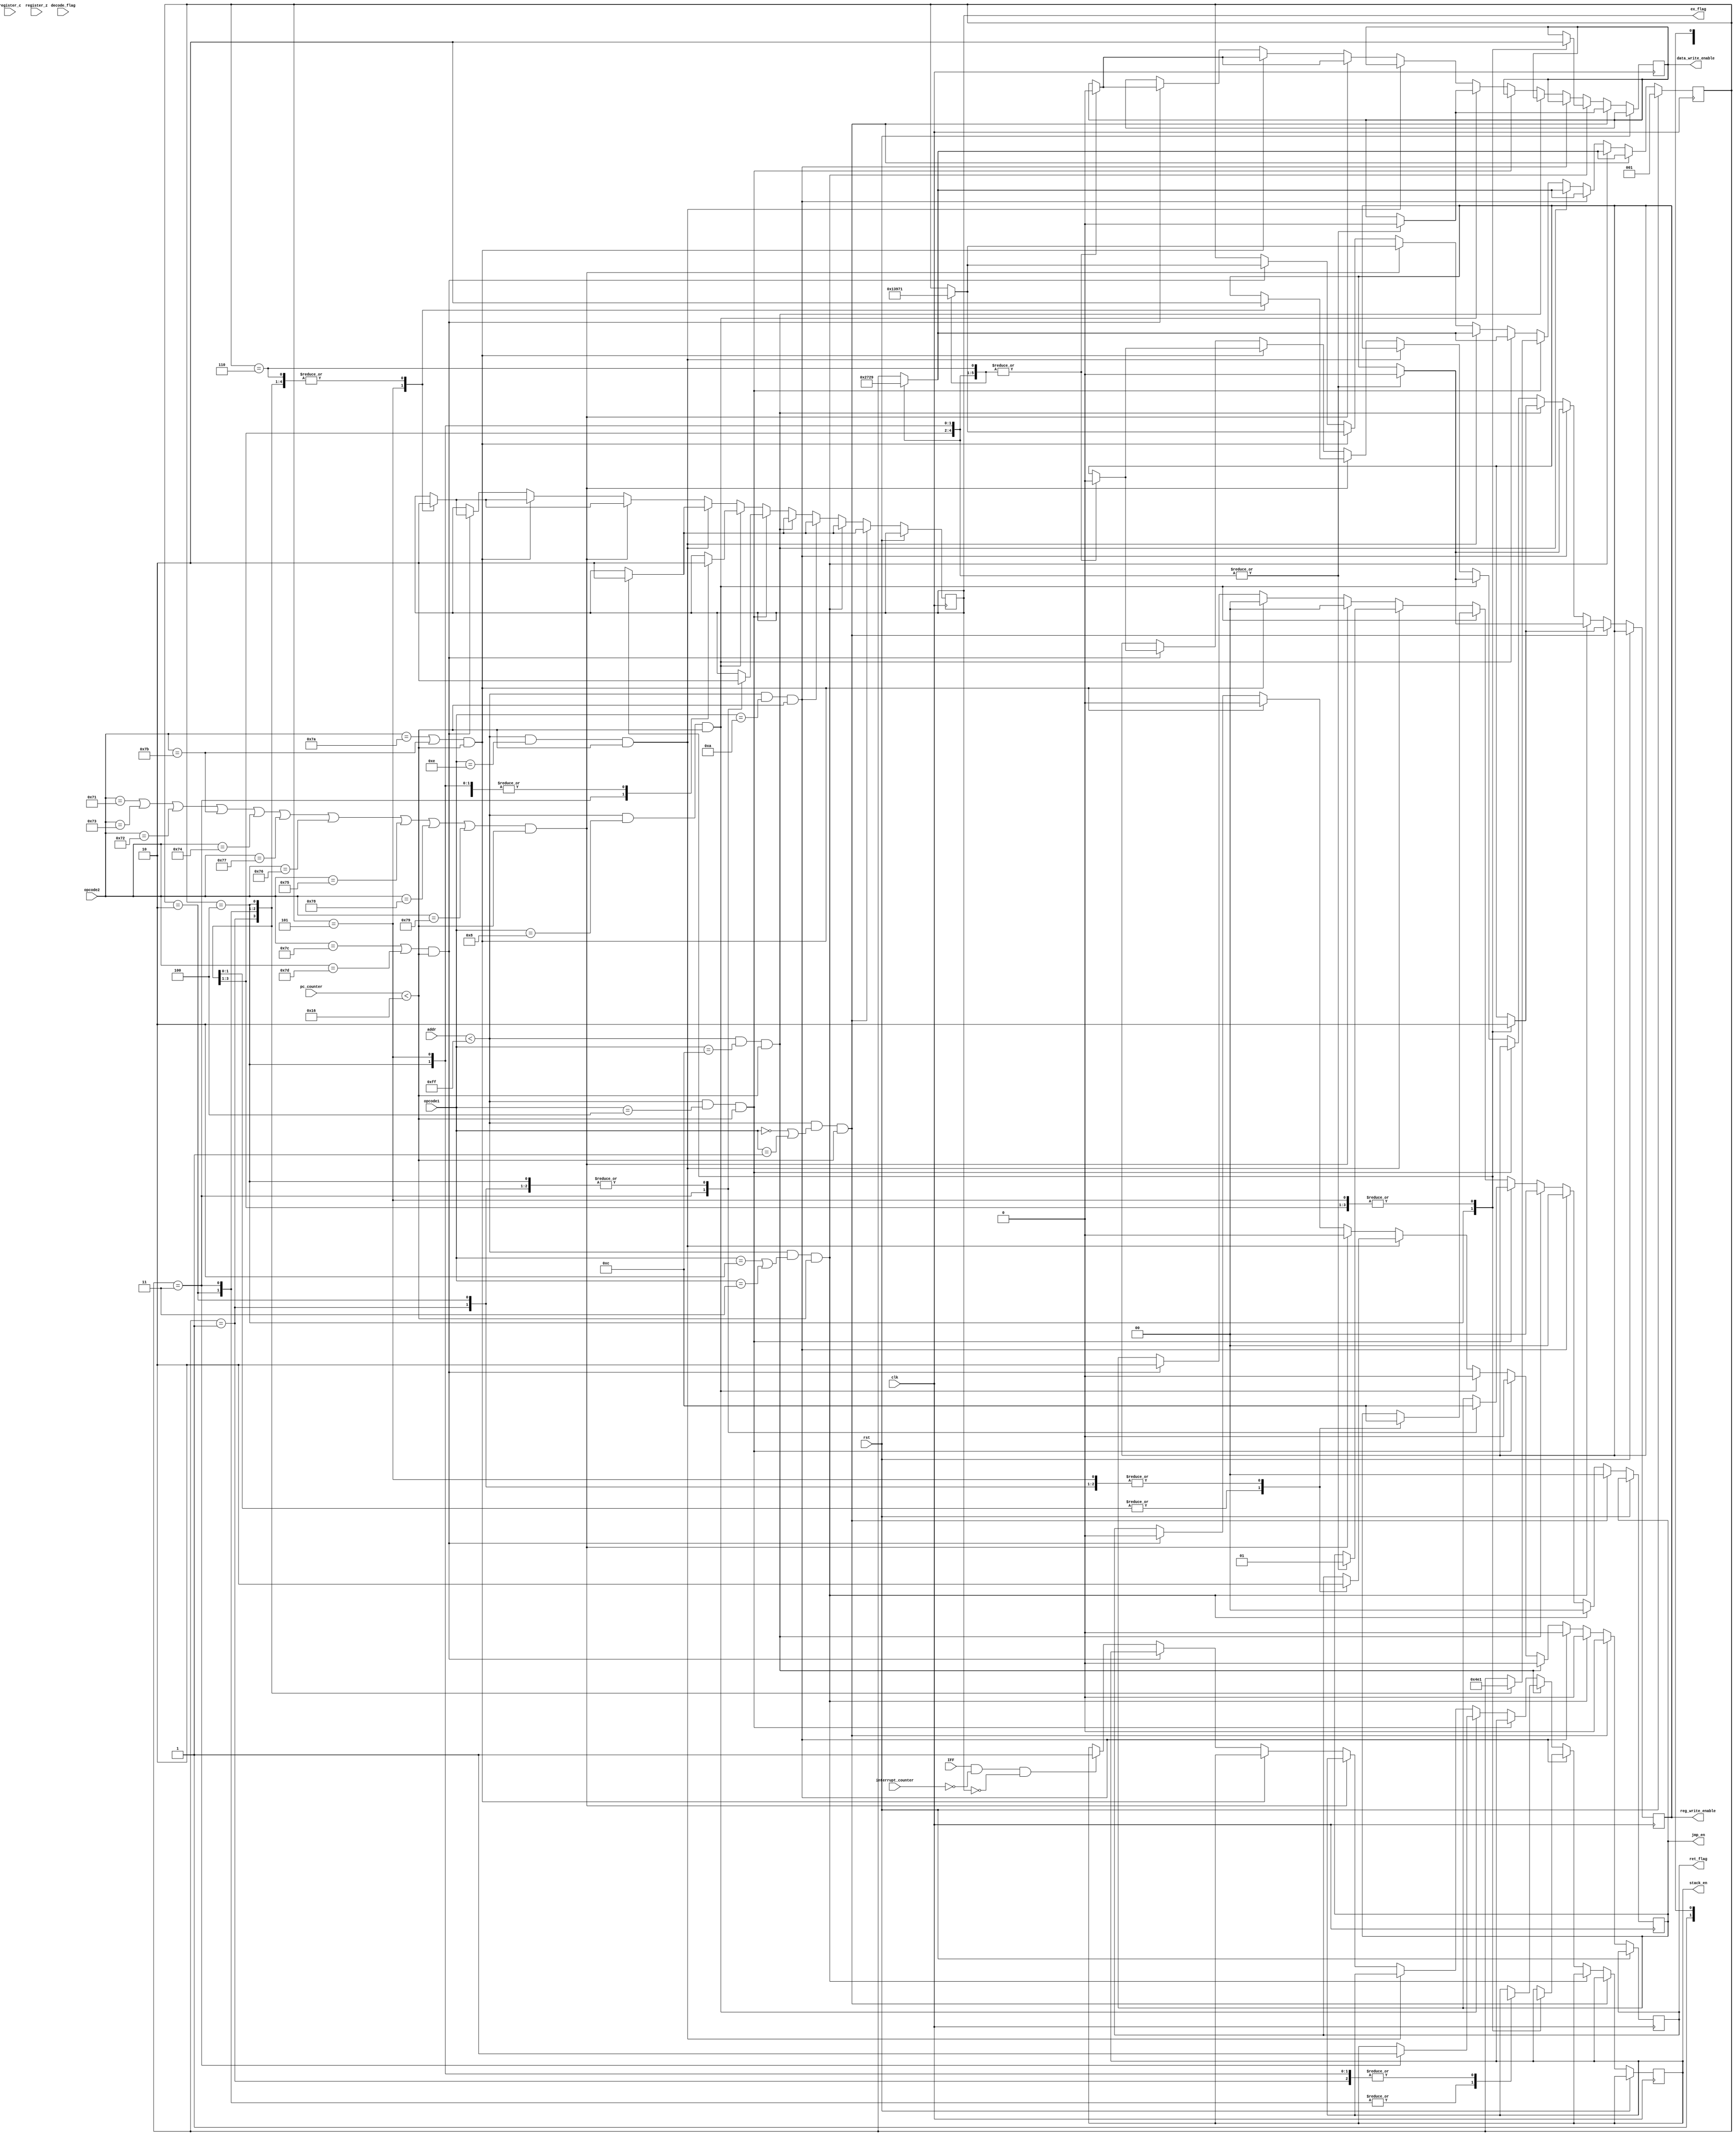
`timescale 1ns / 1ps
//////////////////////////////////////////////////////////////////////////////////
// Company: 
// Engineer: 
// 
// Design Name: 
// Module Name:    A5_CONTROL_UNIT 
// Project Name: 
// Target Devices: 
// Tool versions: 
// Description: 
//
// Dependencies: 
//
// Revision: 
// Revision 0.01 - File Created
// Additional Comments: 
//
//////////////////////////////////////////////////////////////////////////////////
module A5_CONTROL_UNIT(register_c,register_z,pc_counter,rst, clk,decode_flag, reg_write_enable, ex_flag,ret_flag,addr,opcode1,data_write_enable,opcode2,
stack_en,jmp_en,IFF, interrupt_counter
    );
	 
input [15:0]register_c;
input [15:0]register_z;	 
input [4:0]pc_counter;	 
input rst, clk,decode_flag;
input [2:0] interrupt_counter;
output reg reg_write_enable, ex_flag,data_write_enable,ret_flag;
output reg stack_en;
input [11:0] addr;
input [3:0] opcode1;
input [7:0] opcode2;
input IFF;

output reg [1:0]jmp_en;

reg [4:0]pc_temp_count =5'b10110;

reg [2:0] state;

always @(posedge clk)
begin
		if (rst)
		begin
				state <= 3'b001;
		end
	/*	else if (IFF == 1)
		begin
				stack_en = 1;
		end
	*/
		else if(addr < 8'b11111111 && (opcode1==4'b0000 || opcode1==4'b0001) && pc_counter < pc_temp_count) // LDA & LDB
		begin
			//	select=0;
		   //   select2=1;
		     // select_demux = 1;
			  jmp_en <=2'b00;
			  ret_flag<=0;
				case (state)
						/*3'b000 : begin
											ex_flag <= 0;
											reg_write_enable <= 0;
											state <= 3'b001;
											end */
						
						3'b001 : begin
											ex_flag <= 0;
											reg_write_enable <= 0;
											data_write_enable <= 0;
											state <= 3'b010;
											end

						3'b010 : begin
											ex_flag <= 0;
											reg_write_enable <= 0;
											data_write_enable <= 0;
											state <= 3'b011;
											end

						3'b011 : begin
											ex_flag <= 0;
											reg_write_enable <= 0;
											data_write_enable <= 0;
											state <= 3'b100;
											end
						
						3'b100 : begin
											reg_write_enable <= 1;
											data_write_enable <= 0;
											ex_flag <= 1;
											state <= 3'b101;
											end
											
						3'b101 : begin
											reg_write_enable <= 0;
											data_write_enable <= 0;
											ex_flag <= 0;
											state <= 3'b001;
											end
	/*										
					    3'b101 : begin
											 reg_write_enable <= 0;
											 ex_flag <= 0;
											 state <= 3'b000;
											 end
	*/
				endcase
			
		end
		
		else if(addr < 8'b11111111 && (opcode1==4'b0010 || opcode1==4'b0011)  && pc_counter < pc_temp_count) //STA & STB
		begin
			//	select=0;
		   //   select2=1;
		     // select_demux = 1;
			  jmp_en<=2'b00;
			  ret_flag<=0;
				case (state)
						/*3'b000 : begin
											ex_flag <= 0;
											data_write_enable <= 0;
											state <= 3'b001;
											end */
						
						3'b001 : begin
											ex_flag <= 0;
											data_write_enable <= 0;
											reg_write_enable <= 0;
											state <= 3'b010;
											end
											
						3'b010 : begin
                                            ex_flag <= 0;
                                            data_write_enable <= 0;
                                            reg_write_enable <= 0;
                                            state <= 3'b011;
                                            end
						
						3'b011 : begin
											ex_flag <= 0;
											data_write_enable <= 0;
											reg_write_enable <= 0;
											state <= 3'b100;
											end
						
						3'b100 : begin
											data_write_enable <= 1;
											reg_write_enable <= 0;
											ex_flag <= 1;
											state <= 3'b101;
											end
											
						3'b101 : begin
											data_write_enable <= 0;
											reg_write_enable <= 0;
											ex_flag <= 0;
											state <= 3'b001;
											end
	/*										
					    3'b101 : begin
											 data_write_enable <= 0;
											 ex_flag <= 0;
											 state <= 3'b000;
											 end
	*/
				endcase
			
		end
		
		else if(addr < 8'b11111111 && opcode1==4'b1010 && pc_counter < pc_temp_count) //PUSH A
		begin
			jmp_en<=2'b00;
			ret_flag<=0;
				case (state)
						/*3'b000 : begin
											ex_flag <= 0;
											data_write_enable <= 0;
											state <= 3'b001;
											end */
						
						3'b001 : begin
											ex_flag <= 0;
											stack_en <=1'bx;
											reg_write_enable <= 0;
											state <= 3'b010;
											end
											
						3'b010 : begin
                                                                ex_flag <= 0;
                                                                stack_en <=1'bx;
                                                                reg_write_enable <= 0;
                                                                state <= 3'b011;
                                                                end
						
						3'b011 : begin
											ex_flag <= 0;
											stack_en <=1'bx;
											reg_write_enable <= 0;
											state <= 3'b100;
											end
						
						3'b100 : begin
											stack_en <=1'b1;
											
											reg_write_enable <= 0;
											ex_flag <= 1;
											state <= 3'b101;
											end
											
						3'b101 : begin
											stack_en <=1'bx;
											reg_write_enable <= 0;
											ex_flag <= 0;
											state <= 3'b001;
											end
	/*										
					    3'b101 : begin
											 data_write_enable <= 0;
											 ex_flag <= 0;
											 state <= 3'b000;
											 end
	*/
				endcase
			
		end
		
		else if(addr < 8'b11111111 && opcode1==4'b1100  && pc_counter < pc_temp_count) //POP A
		begin
			jmp_en <=2'b00;
			ret_flag<=0;
				case (state)
				/*		3'b000 : begin
											ex_flag <= 0;
											stack_en <=1'bx;
											reg_write_enable <= 0;
											state <= 3'b001;
											end 
					*/	
						3'b001 : begin
											ex_flag <= 0;
											stack_en <=1'bx;
											reg_write_enable <= 0;
											state <= 3'b010;
											end
						
						3'b010 : begin
											ex_flag <= 0;
											stack_en <=1'b0;
											reg_write_enable <= 0;
											state <= 3'b011;
											end
						
						3'b011 : begin
											ex_flag <= 0;
											stack_en <=1'b0;
											reg_write_enable <= 0;
											state <= 3'b100;
											end
											
						3'b100 : begin
											stack_en <=1'bx;
											reg_write_enable <= 1;
											ex_flag <= 1;
											state <= 3'b101;
											end
									
					    3'b101 : begin
											stack_en <=1'bx;
											reg_write_enable <= 0;
											ex_flag <= 0;
											state <= 3'b001;
											 end
	
				endcase
			
		end
		

		
		else if(addr < 8'b11111111 && (opcode1==4'b0100 )  && pc_counter < pc_temp_count) //JUMP
		begin
		ret_flag<=0;
				case (state)
						/*3'b000 : begin
											ex_flag <= 0;
											data_write_enable <= 0;
											state <= 3'b001;
											end */
						
						3'b001 : begin
											ex_flag <= 0;
											jmp_en <=2'b00;
											state <= 3'b010;
											end
						
						3'b010 : begin
											ex_flag <= 0;
											jmp_en <=2'b00;
											state <= 3'b011;
											end
						
						3'b011 : begin
											jmp_en <=2'b11;
											ex_flag <= 1;
											state <= 3'b100;
											end
											
						3'b100 : begin
											ex_flag <= 0;
											jmp_en <=2'b00;
											state <= 3'b001;
											end
	/*										
					    3'b101 : begin
											 data_write_enable <= 0;
											 ex_flag <= 0;
											 state <= 3'b000;
											 end
	*/
				endcase
		end
		
		else if(addr < 8'b11111111 && (opcode1==4'b1000 ) && pc_counter < pc_temp_count) //JSR
		begin
		ret_flag<=0;
				case (state)
						/*3'b000 : begin
											ex_flag <= 0;
											data_write_enable <= 0;
											state <= 3'b001;
											end */
						
						3'b001 : begin
											ex_flag <= 0;
											jmp_en <=2'b00;
											reg_write_enable <= 1'b0;
				                            data_write_enable <= 1'b0;
											state <= 3'b010;
											end
											
						3'b010 : begin
                                            ex_flag <= 0;
                                            jmp_en <=2'b00;
                                            reg_write_enable <= 1'b0;
                                            data_write_enable <= 1'b0;
                                            state <= 3'b011;
                                             end
						
						3'b011 : begin
											ex_flag <= 1;
											jmp_en<=2'b11;
											stack_en <=1'b1;
											reg_write_enable <= 1'b0;
				                            data_write_enable <= 1'b0;
											state <= 3'b100;
											end
						
						3'b100 : begin
											jmp_en <=2'b11;
											ex_flag <= 0;
											reg_write_enable <= 1'b0;
				                            data_write_enable <= 1'b0;
											state <= 3'b101;
											end
											
						3'b101 : begin
											ex_flag <= 0;
											jmp_en <=2'b00;
											reg_write_enable <= 1'b0;
				                            data_write_enable <= 1'b0;
											state <= 3'b001;
											end
	/*										
					    3'b101 : begin
											 data_write_enable <= 0;
											 ex_flag <= 0;
											 state <= 3'b000;
											 end
	*/
				endcase
		end
		
		else if(addr < 8'b11111111 && opcode1==4'b1110  && pc_counter < pc_temp_count) //RET
		begin
				case (state)

						3'b001 : begin
											ex_flag <= 0;
											ret_flag<=0;
											jmp_en <=2'b01;
											state <= 3'b010;
											end
						
						3'b010 : begin
											ex_flag <= 0;
											ret_flag<=0;
											jmp_en <=2'b01;
											state <= 3'b011;
											end
						
						3'b011 : begin
											ex_flag <= 0;
											ret_flag<=1;
											jmp_en <=2'b01;
											state <= 3'b100;
											end
											
						3'b100 : begin
											ex_flag <= 1;
											ret_flag<=1;
											jmp_en <=2'b01;
											state <= 3'b101;
											end
									
					    3'b101 : begin
											ex_flag <= 0;
											ret_flag<=0;
											jmp_en <=2'b01;
											state <= 3'b001;
											end
											 

	
				endcase
			
		end
	
	else if((opcode2==8'b01110001|| opcode2==8'b01110011 || opcode2==8'b01110010 || opcode2 == 8'b01111011 || opcode2 == 8'b01110100 || opcode2 == 8'b01110111 || opcode2 == 8'b01110110 || opcode2 == 8'b01110101|| opcode2 == 8'b01111000 || opcode2 == 8'b01111001)  && pc_counter < pc_temp_count)
		begin
			//	select=1;
		    //  select2=0;
		    //  select_demux = 0;
			 jmp_en <=2'b00;
			 ret_flag<=0;


				case (state)
						3'b001 : begin
											ex_flag <= 0;
											reg_write_enable <= 0;
											data_write_enable <= 0;
											state <= 3'b010;
											end
											
						3'b010 : begin
                                            ex_flag <= 0;
                                            reg_write_enable <= 0;
                                            data_write_enable <= 0;
                                            state <= 3'b011;
                                            end 
						
						3'b011 : begin
											ex_flag <= 0;
											reg_write_enable <= 0;
											data_write_enable <= 0;
											state <= 3'b100;
											end
					
						3'b100 : begin
											ex_flag <= 0;
											reg_write_enable <= 0;
											data_write_enable <= 0;
											state <= 3'b101;
											end
			
			
						3'b101 : begin
											reg_write_enable <= 1;
											data_write_enable <= 0;
											ex_flag <= 1;
											state <= 3'b110;
											end
											
						3'b110 : begin
											reg_write_enable <=0 ;
											data_write_enable <= 0;
											ex_flag <= 0;
											state <= 3'b001;
											end
											
	/*										
					    3'b101 : begin
											 reg_write_enable <= 0;
											 ex_flag<=0;
											 state <= 3'b000;
											 end
											 */
				endcase  
		end
		
	else if((opcode2==8'b01111010 || opcode2==8'b01111011)  && pc_counter < pc_temp_count)
            begin
                //    select=1;
                //  select2=0;
                //  select_demux = 0;
                 jmp_en <=2'b00;
                 ret_flag<=0;
    
    
                    case (state)
                            3'b001 : begin
                                                ex_flag <= 0;
                                                reg_write_enable <= 0;
                                                data_write_enable <= 0;
                                                state <= 3'b010;
                                                end
                                                
                            3'b010 : begin
                                                ex_flag <= 0;
                                                reg_write_enable <= 0;
                                                data_write_enable <= 0;
                                                state <= 3'b011;
                                                end 
                            
                            3'b011 : begin
                                                ex_flag <= 0;
                                                reg_write_enable <= 0;
                                                data_write_enable <= 0;
                                                state <= 3'b100;
                                                end
                        
                            3'b100 : begin
                                                ex_flag <= 0;
                                                reg_write_enable <= 0;
                                                data_write_enable <= 0;
                                                state <= 3'b101;
                                                end
                
                
                            3'b101 : begin
                                                reg_write_enable <= 0;
                                                data_write_enable <= 0;
                                                ex_flag <= 1;
                                                state <= 3'b110;
                                                end
                                                
                            3'b110 : begin
                                                reg_write_enable <=0 ;
                                                data_write_enable <= 0;
                                                ex_flag <= 0;
                                                state <= 3'b001;
                                                end
                                                
        /*                                        
                            3'b101 : begin
                                                 reg_write_enable <= 0;
                                                 ex_flag<=0;
                                                 state <= 3'b000;
                                                 end
                                                 */
                    endcase  
            end
		
			else if((opcode2 == 8'b01111100 || opcode2 == 8'b01111101)  && pc_counter < pc_temp_count)
            begin
                //    select=1;
                //  select2=0;
                //  select_demux = 0;
                 jmp_en <=2'b10;
                 ret_flag<=0; 
                    case (state)
                            3'b001 : begin
                                                ex_flag <= 0;
                                                reg_write_enable <= 0;
                                                data_write_enable <= 0;
                                                state <= 3'b010;
                                                end
                                                
                            3'b010 : begin
                                                ex_flag <= 0;
                                                reg_write_enable <= 0;
                                                data_write_enable <= 0;
                                                state <= 3'b011;
                                                end 
                            
                            3'b011 : begin
                                                ex_flag <= 0;
                                                reg_write_enable <= 0;
                                                data_write_enable <= 0;
                                                state <= 3'b100;
                                                end
                        
                            3'b100 : begin
                                                ex_flag <= 0;
                                                reg_write_enable <= 0;
                                                data_write_enable <= 0;
                                                state <= 3'b101;
                                                end
                
                
                            3'b101 : begin
                                                reg_write_enable <= 0;
                                                data_write_enable <= 0;
                                                ex_flag <= 1;
                                                state <= 3'b110;
                                                end
                                                
                            3'b110 : begin
                                                reg_write_enable <=0 ;
                                                data_write_enable <= 0;
                                                ex_flag <= 0;
                                                state <= 3'b001;
                                                end
                                                
        /*                                        
                            3'b101 : begin
                                                 reg_write_enable <= 0;
                                                 ex_flag<=0;
                                                 state <= 3'b000;
                                                 end
                                                 */
                    endcase  
		end
		
		else if (IFF==1 && interrupt_counter==3'b000 && ex_flag == 0)
		begin
				stack_en <= 1;
		end

end
endmodule